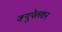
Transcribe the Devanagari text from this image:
क्यूफ्लेशन